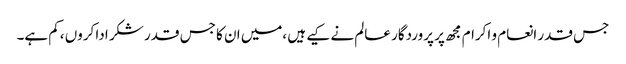
جس قدر انعام و اکرام مجھ پر پروردگار عالم نے کیے ہیں ،میں ان کا جس قدر شکر ادا کروں ،کم ہے۔